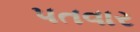
પતવાર